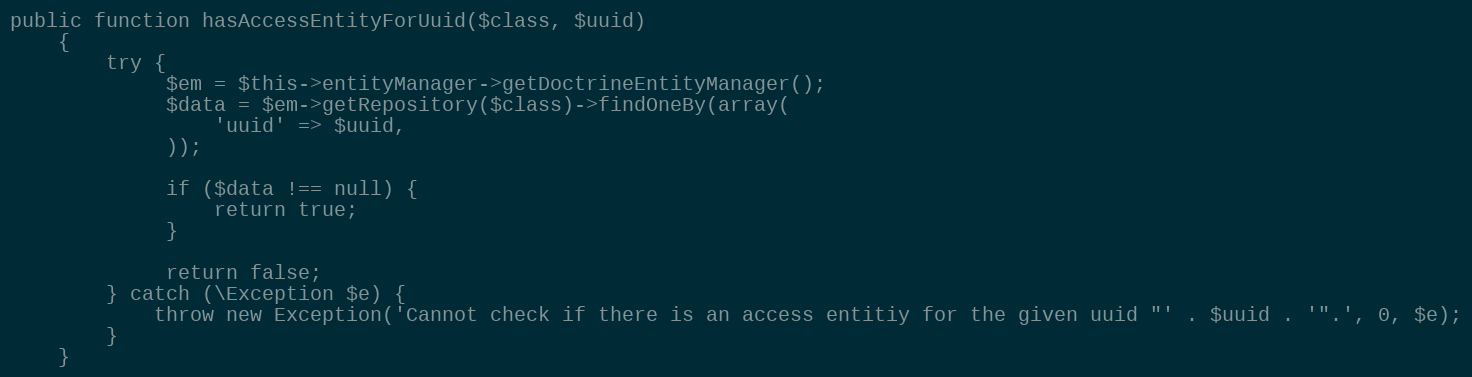
Language: PHP
public function hasAccessEntityForUuid($class, $uuid)
    {
        try {
             $em = $this->entityManager->getDoctrineEntityManager();
             $data = $em->getRepository($class)->findOneBy(array(
                 'uuid' => $uuid,
             ));

             if ($data !== null) {
                 return true;
             }

             return false;
        } catch (\Exception $e) {
            throw new Exception('Cannot check if there is an access entitiy for the given uuid "' . $uuid . '".', 0, $e);
        }
    }